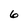
Character: 6